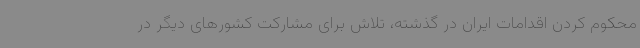
محکوم کردن اقدامات ایران در گذشته، تلاش برای مشارکت کشورهای دیگر در